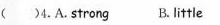
( ) 4.A. strong B.little